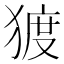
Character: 𰡠